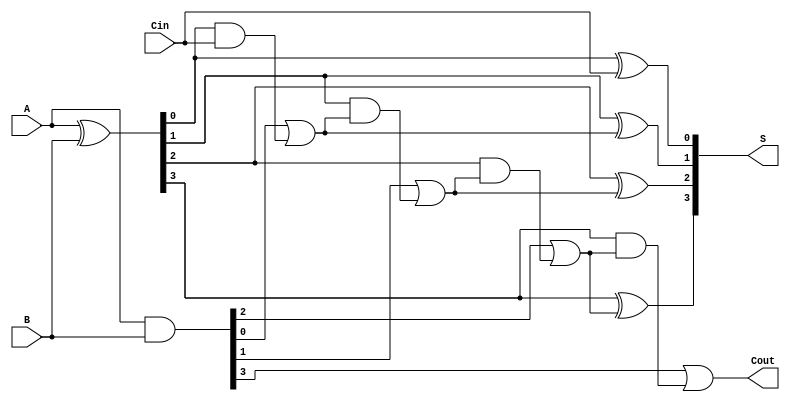
module Parallel_Prefix_Adder #(
    parameter n = 4 // Bit-width of the adder
)(
    input  wire [n-1:0] A,    // First operand
    input  wire [n-1:0] B,    // Second operand
    input  wire Cin,           // Carry-in
    output wire [n-1:0] S,     // Sum output
    output wire Cout           // Carry-out
);

    // Generate and Propagate signals
    wire [n-1:0] G; // Generate signals
    wire [n-1:0] P; // Propagate signals
    wire [n:0] C;    // Carry signals (C[0] is Cin)

    assign G = A & B;         // Generate
    assign P = A ^ B;         // Propagate
    assign C[0] = Cin;        // Initial carry-in

    // Kogge-Stone prefix computation
    genvar i, j;
    // Level 1: Compute carry signals
    generate
        for (i = 0; i < n; i = i + 1) begin: carry_level1
            if (i > 0) begin
                assign C[i] = G[i-1] | (P[i-1] & C[i-1]);
            end
        end
    endgenerate

    // Compute the sum output
    generate
        for (j = 0; j < n; j = j + 1) begin: sum_calculation
            assign S[j] = P[j] ^ C[j]; // Calculate sum bits
        end
    endgenerate

    // Final carry-out
    assign Cout = G[n-1] | (P[n-1] & C[n-1]);

endmodule